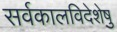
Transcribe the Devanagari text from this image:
सर्वकालविदेशेषु